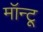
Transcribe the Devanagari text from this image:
मॉन्टू